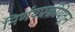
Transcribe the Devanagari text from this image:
निर्णयप्रक्रीयेतून